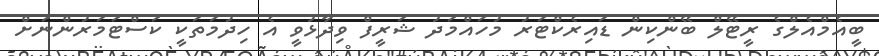
ބީއެމްއެލްގެ ރީޓޭލް ބޭންކިން ޑައިރެކްޓަރު މުހައްމަދު ޝަރީފް ވިދާޅުވީ އެ ހިިދުމަތަކީ ކަސްޓަމަރުންނަށް